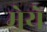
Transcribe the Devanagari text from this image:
मेये